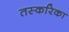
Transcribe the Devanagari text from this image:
तस्करिका